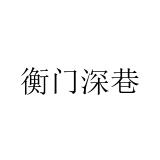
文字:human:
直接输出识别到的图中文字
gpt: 衡门深巷